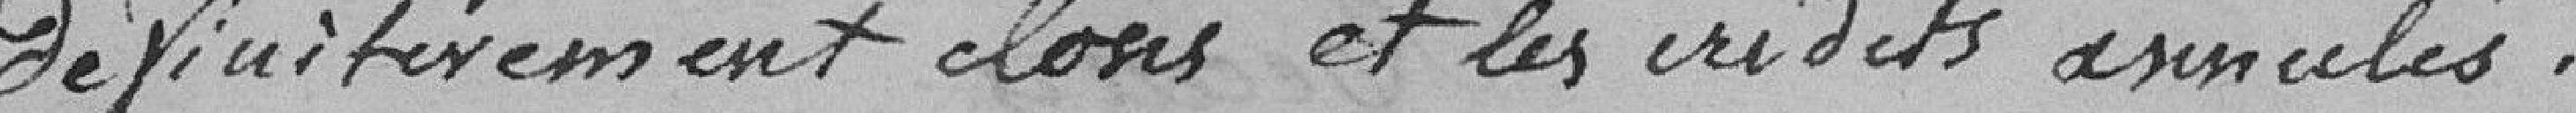
Définitivement clos et les crédits annulés.